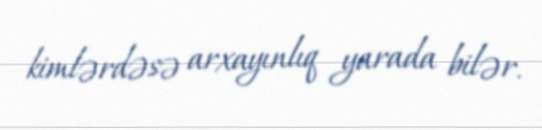
kimlərdəsə arxayınlıq yarada bilər.